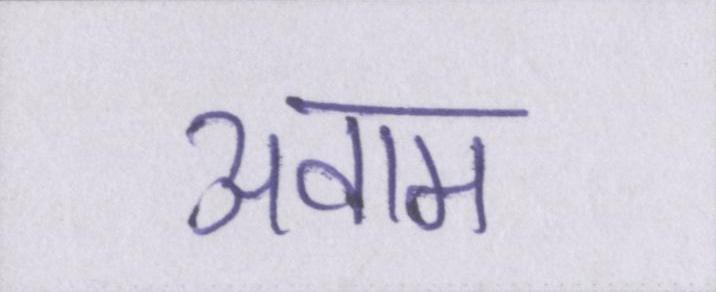
अवाम